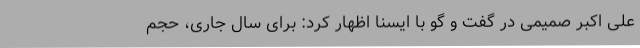
علی اکبر صمیمی در گفت و گو با ایسنا اظهار کرد: برای سال جاری، حجم